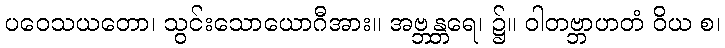
ပဝေသယတော၊ သွင်းသောယောဂီအား။ အဗ္ဘန္တရေ၊ ၌။ ဝါတဗ္ဘာဟတံ ဝိယ စ၊